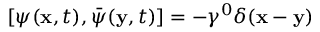
\left[ \psi ( { \bf x } , t ) , \bar { \psi } ( { \bf y } , t ) \right] = - \gamma ^ { 0 } \delta ( { \bf x } - { \bf y } )